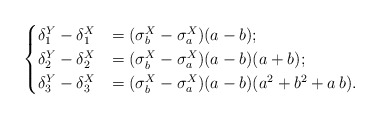
\begin{align*}\begin{cases}\delta^{Y}_1-\delta^{X}_1&=(\sigma^{X}_{b}-\sigma^{X}_{a})(a-b);\\\delta^{Y}_2-\delta^{X}_2&=(\sigma^{X}_{b}-\sigma^{X}_{a})(a-b)(a+b);\\\delta^{Y}_3-\delta^{X}_3&=(\sigma^{X}_{b}-\sigma^{X}_{a})(a-b)(a^2+b^2+a\,b).\end{cases}\end{align*}